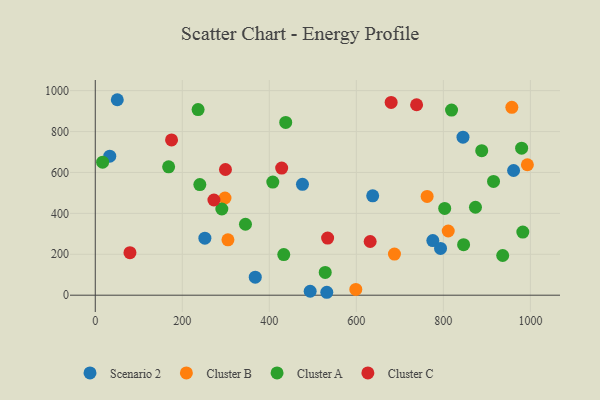
{"axis": {"x": "Experience", "y": "Exam Score"}, "legend": ["Cluster A", "Cluster B", "Cluster C", "Scenario 2"], "data": [{"x": "637.6", "y": 485.7, "type": "Scenario 2"}, {"x": "961.4", "y": 609.6, "type": "Scenario 2"}, {"x": "493.9", "y": 19.3, "type": "Scenario 2"}, {"x": "532.1", "y": 14.3, "type": "Scenario 2"}, {"x": "251.9", "y": 278.6, "type": "Scenario 2"}, {"x": "845.1", "y": 772.4, "type": "Scenario 2"}, {"x": "775.8", "y": 267.2, "type": "Scenario 2"}, {"x": "50.6", "y": 955.6, "type": "Scenario 2"}, {"x": "367.7", "y": 88.3, "type": "Scenario 2"}, {"x": "793.5", "y": 228.5, "type": "Scenario 2"}, {"x": "476.2", "y": 542.0, "type": "Scenario 2"}, {"x": "33.3", "y": 679.8, "type": "Scenario 2"}, {"x": "993.1", "y": 637.8, "type": "Cluster B"}, {"x": "811.2", "y": 313.9, "type": "Cluster B"}, {"x": "298.1", "y": 475.1, "type": "Cluster B"}, {"x": "598.8", "y": 28.4, "type": "Cluster B"}, {"x": "687.6", "y": 201.0, "type": "Cluster B"}, {"x": "957.4", "y": 918.4, "type": "Cluster B"}, {"x": "304.9", "y": 270.7, "type": "Cluster B"}, {"x": "762.7", "y": 482.9, "type": "Cluster B"}, {"x": "168.6", "y": 627.8, "type": "Cluster A"}, {"x": "433.2", "y": 198.6, "type": "Cluster A"}, {"x": "979.9", "y": 718.8, "type": "Cluster A"}, {"x": "236.3", "y": 907.3, "type": "Cluster A"}, {"x": "345.2", "y": 346.9, "type": "Cluster A"}, {"x": "803.1", "y": 424.3, "type": "Cluster A"}, {"x": "290.9", "y": 421.5, "type": "Cluster A"}, {"x": "16.9", "y": 650.4, "type": "Cluster A"}, {"x": "846.5", "y": 247.0, "type": "Cluster A"}, {"x": "437.7", "y": 844.7, "type": "Cluster A"}, {"x": "888.2", "y": 706.3, "type": "Cluster A"}, {"x": "408.0", "y": 553.1, "type": "Cluster A"}, {"x": "818.8", "y": 904.9, "type": "Cluster A"}, {"x": "936.4", "y": 194.0, "type": "Cluster A"}, {"x": "873.8", "y": 429.9, "type": "Cluster A"}, {"x": "240.3", "y": 540.9, "type": "Cluster A"}, {"x": "982.6", "y": 308.5, "type": "Cluster A"}, {"x": "528.5", "y": 111.2, "type": "Cluster A"}, {"x": "915.3", "y": 556.0, "type": "Cluster A"}, {"x": "428.4", "y": 621.7, "type": "Cluster C"}, {"x": "534.0", "y": 279.2, "type": "Cluster C"}, {"x": "272.7", "y": 465.3, "type": "Cluster C"}, {"x": "680.0", "y": 942.6, "type": "Cluster C"}, {"x": "79.7", "y": 207.8, "type": "Cluster C"}, {"x": "631.8", "y": 262.4, "type": "Cluster C"}, {"x": "738.5", "y": 931.0, "type": "Cluster C"}, {"x": "299.2", "y": 614.5, "type": "Cluster C"}, {"x": "175.3", "y": 759.3, "type": "Cluster C"}]}